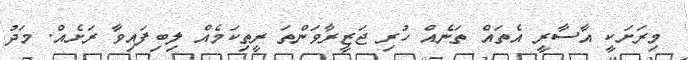
މިރަށަކީ އާސާރީ އެތައް ތަނެެއް ހުރި ޖަޒީރާވަންތަ ރީތިކަމެއް ލިބިފައިވާ ރަށެއް. މަދު